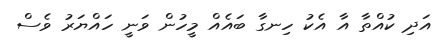
އަދި ކުއްތާ އާ އެކު ހިނގާ ބައެއް މީހުން ވަނީ ހައްޔަރު ވެސް